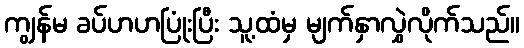
ကျွန်မ ခပ်ဟဟပြုံးပြီး သူ့ထံမှ မျက်နှာလွှဲလိုက်သည်။